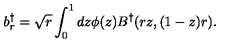
b _ { r } ^ { \dagger } = \sqrt { r } \int _ { 0 } ^ { 1 } d z \phi ( z ) B ^ { \dagger } ( r z , ( 1 - z ) r ) .